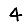
Digit: 4